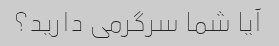
آیا شما سرگرمی دارید؟